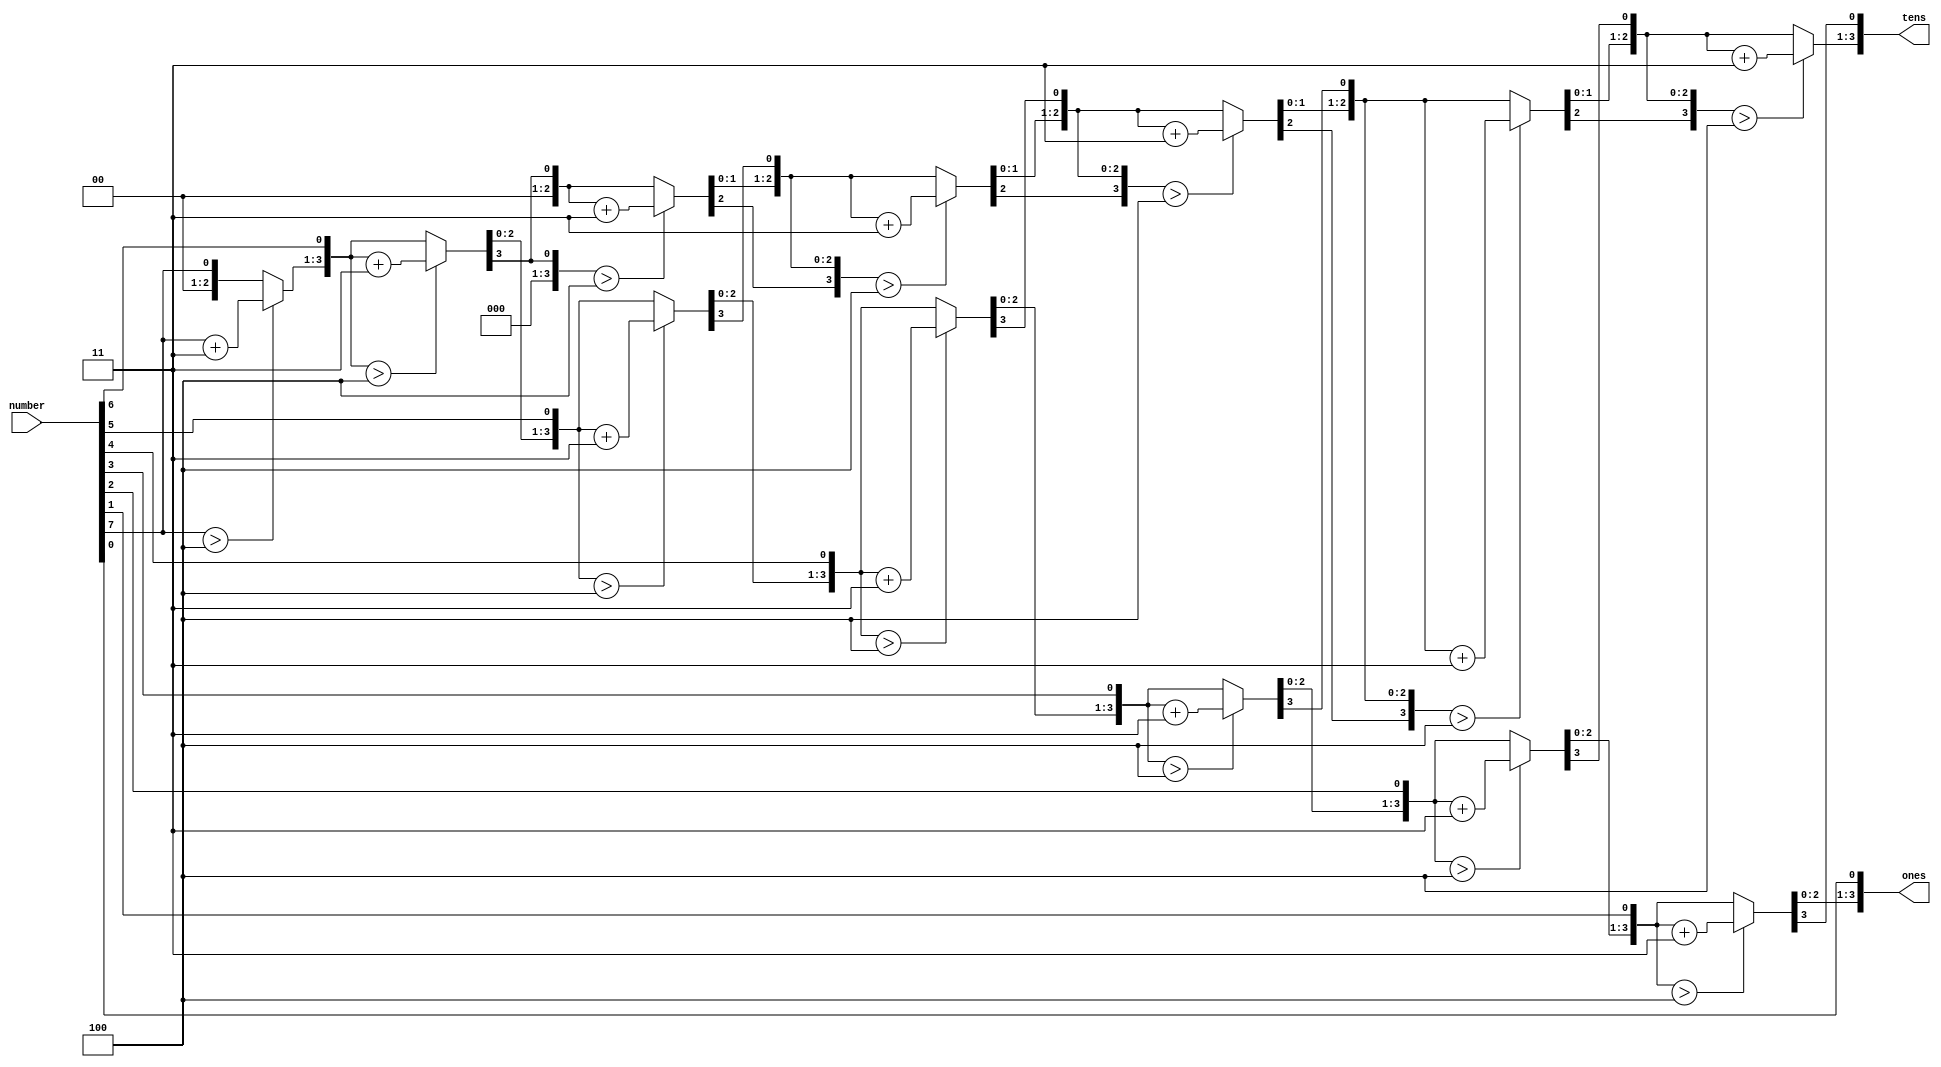
`timescale 1ns / 1ps
//////////////////////////////////////////////////////////////////////////////////
// Company: 
// Engineer: 
// 
// Design Name: 
// Module Name: binary_to_bcd_converter
// Project Name: 
// Target Devices: 
// Tool Versions: 
// Description: 
// 
// Dependencies: 
// 
// Revision:
// Revision 0.01 - File Created
// Additional Comments:
// 
//////////////////////////////////////////////////////////////////////////////////


module binary_to_bcd_converter(
                                     input [7:0] number,  
                                     output reg [3:0] ones,                    
                                     output reg [3:0] tens                       
                                );
           
           reg [15:0] shift;
           integer i;
           
           
           always@(number)
            begin
               shift[15:8] = 0; 
               shift[7:0] = number;             
                           
                   for (i=0; i<8; i=i+1)
                        begin
                            if(shift[11:8] > 4)
                                shift[11:8] = shift[11:8] +3; //ones
                            
                            if(shift[15:12] > 4)
                                shift[15:12] = shift[15:12] +3; //tens
                                                                              
                             shift = shift <<1;   
                        end
              
                  ones = shift[11:8];                       
                  tens = shift[15:12];
                                               
            end           
endmodule